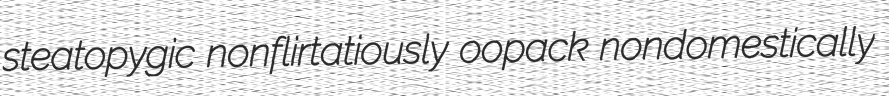
steatopygic nonflirtatiously oopack nondomestically